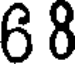
6 8